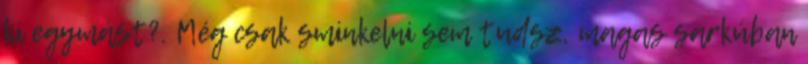
ki egymást?. Még csak sminkelni sem tudsz, magas sarkúban